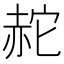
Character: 𧹟